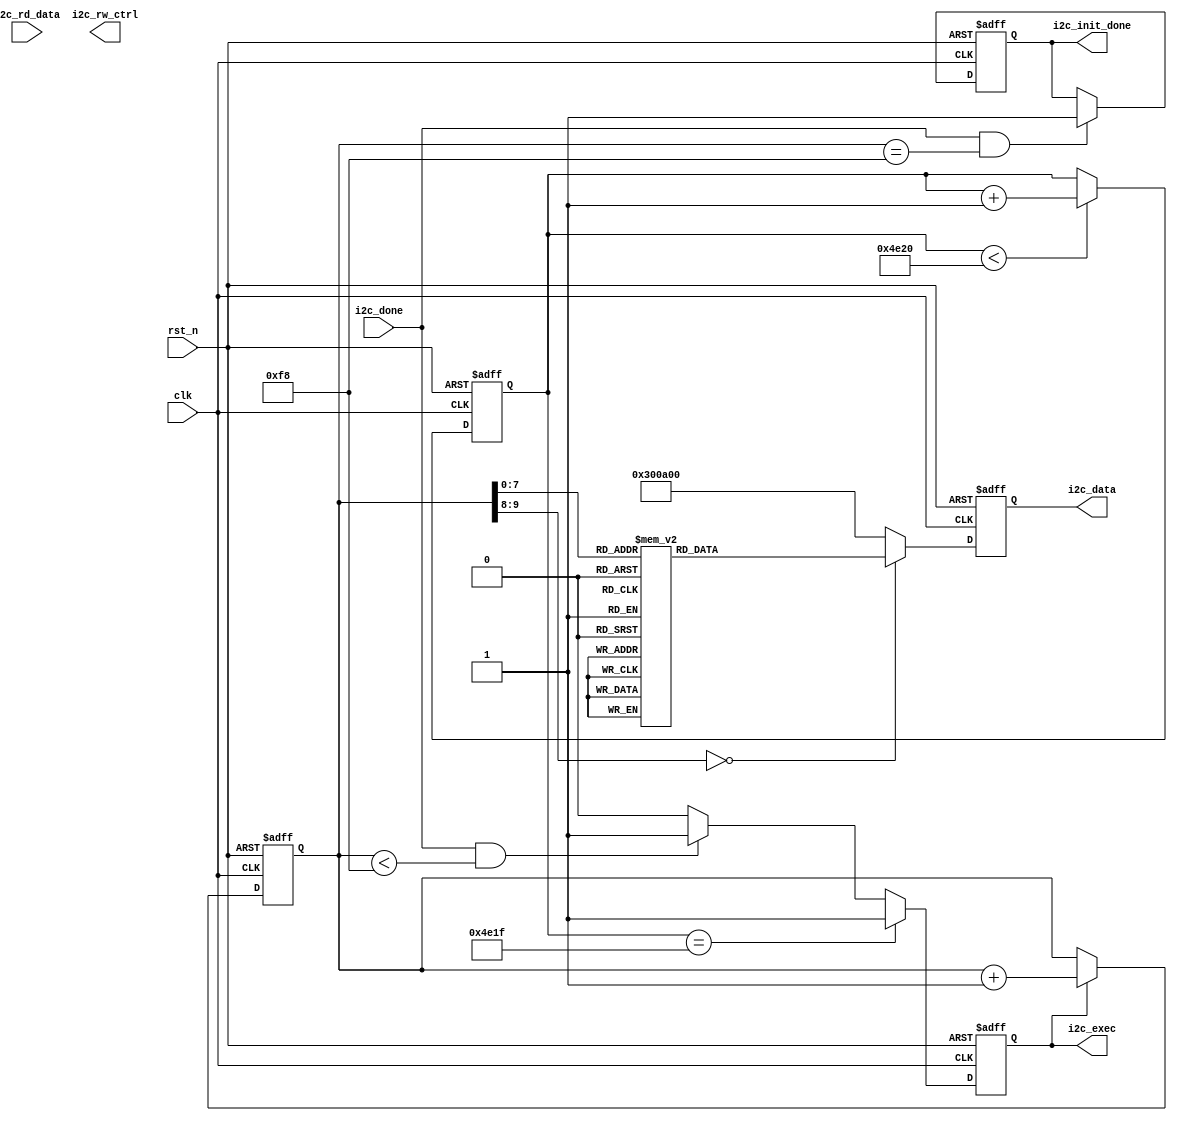
// *********************************************************************************
// : i2c_ov5640_rgb565_cfg.v   
// : 
// : 2021.3.18
// : 17hhliang3@stu.edu.cn
// --------------------------------------------------------------------------------- 
// : i2c_ov5640_rgb565_cfg
// : V0.0
// --------------------------------------------------------------------------------- 
// : 1)OV5640
//            2)IICRGB565
// --------------------------------------------------------------------------------- 
// :     
//    
// ---------------------------------------------------------------------------------
// : 	 
//
// ---------------------------------------------------------------------------------
// *********************************************************************************


// ---------------------------------------------------------------------------------
//  Include File
// --------------------------------------------------------------------------------- 

// ---------------------------------------------------------------------------------
//  Simulation Timescale
// ---------------------------------------------------------------------------------

// ---------------------------------------------------------------------------------
//  Constant Parameters
// ---------------------------------------------------------------------------------

// ---------------------------------------------------------------------------------
//  Module Define
// --------------------------------------------------------------------------------- 
module i2c_ov5640_rgb565_cfg
#(
    // parameter passing
    parameter CMOS_H_PIXEL  = 13'd480,          //CMOS
    parameter CMOS_V_PIXEL  = 13'd272,          //CMOS
    parameter TOTAL_H_PIXEL = 13'd1800,         //
    parameter TOTAL_V_PIXEL = 13'd1000,         //
    parameter CMOS_HV_SIZE  = 24'd130560        //CMOS, CMOS_H_PIXEL * CMOS_V_PIXEL
                                                //SDRAM
)
(
    // clock & reset
    input 			    clk,		            //
	input 			    rst_n,  		        //, 

    // input signal
    input               i2c_done,               //I2C
    input      [ 7 : 0] i2c_rd_data,            //I2C
    
    // output signal                       
    output reg          i2c_exec,               //I2C
    output reg          i2c_init_done,          //I2C()
    output              i2c_rw_ctrl,            //I2C, (1)/(0)
    output reg [23 : 0] i2c_data                //I2C, (16)/(8)
);

// ---------------------------------------------------------------------------------
//  Local Constant Parameters
// ---------------------------------------------------------------------------------
   localparam REG_NUM = 10'd248;                //
   
// ---------------------------------------------------------------------------------
//  Module_Variables
// --------------------------------------------------------------------------------- 
    reg        [14 : 0] start_20ms_cnt;         //20ms
    reg        [ 9 : 0] init_reg_cnt;           //
    
// ---------------------------------------------------------------------------------
//  Continuous Assignments
// --------------------------------------------------------------------------------- 

    
// ---------------------------------------------------------------------------------
//  Clocked Assignments
// ---------------------------------------------------------------------------------
    //OV5640IIC20ms
    //cam_scl250KHz, clk1MHz, 1us, 20000*1us = 20ms
    always @(posedge clk or negedge rst_n)
    begin
        if(!rst_n)
        begin
            start_20ms_cnt <= 15'd0;
        end
        else if(start_20ms_cnt < 15'd20000)
        begin
            start_20ms_cnt <= start_20ms_cnt + 15'd1;
        end
        else
        begin
            start_20ms_cnt <= start_20ms_cnt;
        end
    end
    
    //
    always @(posedge clk or negedge rst_n)
    begin
        if(!rst_n)
        begin
            init_reg_cnt <= 10'd0;
        end
        else if(i2c_exec)
        begin
            init_reg_cnt <= init_reg_cnt + 10'd1;
        end
        else
        begin
            init_reg_cnt <= init_reg_cnt;
        end
    end
    
    //I2C
    always @(posedge clk or negedge rst_n)
    begin
        if(!rst_n)
        begin
            i2c_exec <= 1'b0;
        end
        else if(start_20ms_cnt == 15'd19999)
        begin
            i2c_exec <= 1'b1;
        end        
        else if(i2c_done && (init_reg_cnt < REG_NUM))
        begin
            i2c_exec <= 1'b1;
        end
        else
        begin
            i2c_exec <= 1'b0;
        end
    end
    
    //I2C
    // always @(posedge clk or negedge rst_n)
    // begin
        // if(!rst_n)
        // begin
            // i2c_rw_ctrl <= 1'b1;                //
        // end
        // else if(init_reg_cnt == 10'd2)
        // begin
            // i2c_rw_ctrl <= 1'b0;                //
        // end
        // else
        // begin
            // i2c_rw_ctrl <= i2c_rw_ctrl;
        // end
    // end
    
    //I2C
    always @(posedge clk or negedge rst_n)
    begin
        if(!rst_n)
        begin
            i2c_init_done <= 1'b0;
        end
        else if(i2c_done && (init_reg_cnt == REG_NUM))
        begin
            i2c_init_done <= 1'b1;
        end
        else
        begin
            i2c_init_done <= i2c_init_done;
        end
    end
    
    //
    always @(posedge clk or negedge rst_n)
    begin
        if(!rst_n)
        begin
            i2c_data <= 24'd0;
        end
        else
        begin
            case(init_reg_cnt)
                            //, 
                            //, 1ms
                // 10'd0  : i2c_data <= {16'h300a, 8'h00};
                // 10'd1  : i2c_data <= {16'h300b, 8'h00};
                10'd0  : i2c_data <= {16'h3008, 8'h82};    //Bit[7]:   Bit[6]: 
                10'd1  : i2c_data <= {16'h3008, 8'h02};    //
                10'd2  : i2c_data <= {16'h3103, 8'h02};    //Bit[1]: 1 PLL Clock
                            /// FREX/VSYNC/HREF/PCLK/D[9:6]
                10'd3  : i2c_data <= {8'h30, 8'h17, 8'hff};
                            /// D[5:0]/GPIO1/GPIO0
                10'd4  : i2c_data <= {16'h3018, 8'hff};
                10'd5  : i2c_data <= {16'h3037, 8'h13};    //PLL
                10'd6  : i2c_data <= {16'h3108, 8'h01};    //
                10'd7  : i2c_data <= {16'h3630, 8'h36};
                10'd8  : i2c_data <= {16'h3631, 8'h0e};
                10'd9  : i2c_data <= {16'h3632, 8'he2};
                10'd10 : i2c_data <= {16'h3633, 8'h12};
                10'd11 : i2c_data <= {16'h3621, 8'he0};
                10'd12 : i2c_data <= {16'h3704, 8'ha0};
                10'd13 : i2c_data <= {16'h3703, 8'h5a};
                10'd14 : i2c_data <= {16'h3715, 8'h78};
                10'd15 : i2c_data <= {16'h3717, 8'h01};
                10'd16 : i2c_data <= {16'h370b, 8'h60};
                10'd17 : i2c_data <= {16'h3705, 8'h1a};
                10'd18 : i2c_data <= {16'h3905, 8'h02};
                10'd19 : i2c_data <= {16'h3906, 8'h10};
                10'd20 : i2c_data <= {16'h3901, 8'h0a};
                10'd21 : i2c_data <= {16'h3731, 8'h12};
                10'd22 : i2c_data <= {16'h3600, 8'h08};    //VCM, 
                10'd23 : i2c_data <= {16'h3601, 8'h33};    //VCM, 
                10'd24 : i2c_data <= {16'h302d, 8'h60};    //
                10'd25 : i2c_data <= {16'h3620, 8'h52};
                10'd26 : i2c_data <= {16'h371b, 8'h20};
                10'd27 : i2c_data <= {16'h471c, 8'h50};
                10'd28 : i2c_data <= {16'h3a13, 8'h43};    //AEC()
                10'd29 : i2c_data <= {16'h3a18, 8'h00};    //AEC 
                10'd30 : i2c_data <= {16'h3a19, 8'hf8};    //AEC 
                10'd31 : i2c_data <= {16'h3635, 8'h13};
                10'd32 : i2c_data <= {16'h3636, 8'h03};
                10'd33 : i2c_data <= {16'h3634, 8'h40};
                10'd34 : i2c_data <= {16'h3622, 8'h01};
                10'd35 : i2c_data <= {16'h3c01, 8'h34};
                10'd36 : i2c_data <= {16'h3c04, 8'h28};
                10'd37 : i2c_data <= {16'h3c05, 8'h98};
                10'd38 : i2c_data <= {16'h3c06, 8'h00};    //light meter 1 [15:8]
                10'd39 : i2c_data <= {16'h3c07, 8'h08};    //light meter 1 [7:0]
                10'd40 : i2c_data <= {16'h3c08, 8'h00};    //light meter 2 [15:8]
                10'd41 : i2c_data <= {16'h3c09, 8'h1c};    //light meter 2 [7:0]
                10'd42 : i2c_data <= {16'h3c0a, 8'h9c};    //sample number[15:8]
                10'd43 : i2c_data <= {16'h3c0b, 8'h40};    //sample number[7:0]
                10'd44 : i2c_data <= {16'h3810, 8'h00};    //Timing Hoffset[11:8]
                10'd45 : i2c_data <= {16'h3811, 8'h10};    //Timing Hoffset[7:0]
                10'd46 : i2c_data <= {16'h3812, 8'h00};    //Timing Voffset[10:8]
                10'd47 : i2c_data <= {16'h3708, 8'h64};
                10'd48 : i2c_data <= {16'h4001, 8'h02};    //BLC()
                10'd49 : i2c_data <= {16'h4005, 8'h1a};    //BLC()
                10'd50 : i2c_data <= {16'h3000, 8'h00};    //
                10'd51 : i2c_data <= {16'h3004, 8'hff};    //
                10'd52 : i2c_data <= {16'h4300, 8'h61};    // RGB565
                10'd53 : i2c_data <= {16'h501f, 8'h01};    //ISP RGB
                10'd54 : i2c_data <= {16'h440e, 8'h00};
                10'd55 : i2c_data <= {16'h5000, 8'ha7};    //ISP
                10'd56 : i2c_data <= {16'h3a0f, 8'h30};    //AEC; stable range in high
                10'd57 : i2c_data <= {16'h3a10, 8'h28};    //AEC; stable range in low
                10'd58 : i2c_data <= {16'h3a1b, 8'h30};    //AEC; stable range out high
                10'd59 : i2c_data <= {16'h3a1e, 8'h26};    //AEC; stable range out low
                10'd60 : i2c_data <= {16'h3a11, 8'h60};    //AEC; fast zone high
                10'd61 : i2c_data <= {16'h3a1f, 8'h14};    //AEC; fast zone low
                            //LENC() 16'h5800~16'h583d
                10'd62 : i2c_data <= {16'h5800, 8'h23};
                10'd63 : i2c_data <= {16'h5801, 8'h14};
                10'd64 : i2c_data <= {16'h5802, 8'h0f};
                10'd65 : i2c_data <= {16'h5803, 8'h0f};
                10'd66 : i2c_data <= {16'h5804, 8'h12};
                10'd67 : i2c_data <= {16'h5805, 8'h26};
                10'd68 : i2c_data <= {16'h5806, 8'h0c};
                10'd69 : i2c_data <= {16'h5807, 8'h08};
                10'd70 : i2c_data <= {16'h5808, 8'h05};
                10'd71 : i2c_data <= {16'h5809, 8'h05};
                10'd72 : i2c_data <= {16'h580a, 8'h08};
                10'd73 : i2c_data <= {16'h580b, 8'h0d};
                10'd74 : i2c_data <= {16'h580c, 8'h08};
                10'd75 : i2c_data <= {16'h580d, 8'h03};
                10'd76 : i2c_data <= {16'h580e, 8'h00};
                10'd77 : i2c_data <= {16'h580f, 8'h00};
                10'd78 : i2c_data <= {16'h5810, 8'h03};
                10'd79 : i2c_data <= {16'h5811, 8'h09};
                10'd80 : i2c_data <= {16'h5812, 8'h07};
                10'd81 : i2c_data <= {16'h5813, 8'h03};
                10'd82 : i2c_data <= {16'h5814, 8'h00};
                10'd83 : i2c_data <= {16'h5815, 8'h01};
                10'd84 : i2c_data <= {16'h5816, 8'h03};
                10'd85 : i2c_data <= {16'h5817, 8'h08};
                10'd86 : i2c_data <= {16'h5818, 8'h0d};
                10'd87 : i2c_data <= {16'h5819, 8'h08};
                10'd88 : i2c_data <= {16'h581a, 8'h05};
                10'd89 : i2c_data <= {16'h581b, 8'h06};
                10'd90 : i2c_data <= {16'h581c, 8'h08};
                10'd91 : i2c_data <= {16'h581d, 8'h0e};
                10'd92 : i2c_data <= {16'h581e, 8'h29};
                10'd93 : i2c_data <= {16'h581f, 8'h17};
                10'd94 : i2c_data <= {16'h5820, 8'h11};
                10'd95 : i2c_data <= {16'h5821, 8'h11};
                10'd96 : i2c_data <= {16'h5822, 8'h15};
                10'd97 : i2c_data <= {16'h5823, 8'h28};
                10'd98 : i2c_data <= {16'h5824, 8'h46};
                10'd99 : i2c_data <= {16'h5825, 8'h26};
                10'd100: i2c_data <= {16'h5826, 8'h08};
                10'd101: i2c_data <= {16'h5827, 8'h26};
                10'd102: i2c_data <= {16'h5828, 8'h64};
                10'd103: i2c_data <= {16'h5829, 8'h26};
                10'd104: i2c_data <= {16'h582a, 8'h24};
                10'd105: i2c_data <= {16'h582b, 8'h22};
                10'd106: i2c_data <= {16'h582c, 8'h24};
                10'd107: i2c_data <= {16'h582d, 8'h24};
                10'd108: i2c_data <= {16'h582e, 8'h06};
                10'd109: i2c_data <= {16'h582f, 8'h22};
                10'd110: i2c_data <= {16'h5830, 8'h40};
                10'd111: i2c_data <= {16'h5831, 8'h42};
                10'd112: i2c_data <= {16'h5832, 8'h24};
                10'd113: i2c_data <= {16'h5833, 8'h26};
                10'd114: i2c_data <= {16'h5834, 8'h24};
                10'd115: i2c_data <= {16'h5835, 8'h22};
                10'd116: i2c_data <= {16'h5836, 8'h22};
                10'd117: i2c_data <= {16'h5837, 8'h26};
                10'd118: i2c_data <= {16'h5838, 8'h44};
                10'd119: i2c_data <= {16'h5839, 8'h24};
                10'd120: i2c_data <= {16'h583a, 8'h26};
                10'd121: i2c_data <= {16'h583b, 8'h28};
                10'd122: i2c_data <= {16'h583c, 8'h42};
                10'd123: i2c_data <= {16'h583d, 8'hce};
                            //AWB() 16'h5180~16'h519e
                10'd124: i2c_data <= {16'h5180, 8'hff};
                10'd125: i2c_data <= {16'h5181, 8'hf2};
                10'd126: i2c_data <= {16'h5182, 8'h00};
                10'd127: i2c_data <= {16'h5183, 8'h14};
                10'd128: i2c_data <= {16'h5184, 8'h25};
                10'd129: i2c_data <= {16'h5185, 8'h24};
                10'd130: i2c_data <= {16'h5186, 8'h09};
                10'd131: i2c_data <= {16'h5187, 8'h09};
                10'd132: i2c_data <= {16'h5188, 8'h09};
                10'd133: i2c_data <= {16'h5189, 8'h75};
                10'd134: i2c_data <= {16'h518a, 8'h54};
                10'd135: i2c_data <= {16'h518b, 8'he0};
                10'd136: i2c_data <= {16'h518c, 8'hb2};
                10'd137: i2c_data <= {16'h518d, 8'h42};
                10'd138: i2c_data <= {16'h518e, 8'h3d};
                10'd139: i2c_data <= {16'h518f, 8'h56};
                10'd140: i2c_data <= {16'h5190, 8'h46};
                10'd141: i2c_data <= {16'h5191, 8'hf8};
                10'd142: i2c_data <= {16'h5192, 8'h04};
                10'd143: i2c_data <= {16'h5193, 8'h70};
                10'd144: i2c_data <= {16'h5194, 8'hf0};
                10'd145: i2c_data <= {16'h5195, 8'hf0};
                10'd146: i2c_data <= {16'h5196, 8'h03};
                10'd147: i2c_data <= {16'h5197, 8'h01};
                10'd148: i2c_data <= {16'h5198, 8'h04};
                10'd149: i2c_data <= {16'h5199, 8'h12};
                10'd150: i2c_data <= {16'h519a, 8'h04};
                10'd151: i2c_data <= {16'h519b, 8'h00};
                10'd152: i2c_data <= {16'h519c, 8'h06};
                10'd153: i2c_data <= {16'h519d, 8'h82};
                10'd154: i2c_data <= {16'h519e, 8'h38};
                            //Gamma() 16'h5480~16'h5490
                10'd155: i2c_data <= {16'h5480, 8'h01};
                10'd156: i2c_data <= {16'h5481, 8'h08};
                10'd157: i2c_data <= {16'h5482, 8'h14};
                10'd158: i2c_data <= {16'h5483, 8'h28};
                10'd159: i2c_data <= {16'h5484, 8'h51};
                10'd160: i2c_data <= {16'h5485, 8'h65};
                10'd161: i2c_data <= {16'h5486, 8'h71};
                10'd162: i2c_data <= {16'h5487, 8'h7d};
                10'd163: i2c_data <= {16'h5488, 8'h87};
                10'd164: i2c_data <= {16'h5489, 8'h91};
                10'd165: i2c_data <= {16'h548a, 8'h9a};
                10'd166: i2c_data <= {16'h548b, 8'haa};
                10'd167: i2c_data <= {16'h548c, 8'hb8};
                10'd168: i2c_data <= {16'h548d, 8'hcd};
                10'd169: i2c_data <= {16'h548e, 8'hdd};
                10'd170: i2c_data <= {16'h548f, 8'hea};
                10'd171: i2c_data <= {16'h5490, 8'h1d};
                            //CMX() 16'h5381~16'h538b
                10'd172: i2c_data <= {16'h5381, 8'h1e};
                10'd173: i2c_data <= {16'h5382, 8'h5b};
                10'd174: i2c_data <= {16'h5383, 8'h08};
                10'd175: i2c_data <= {16'h5384, 8'h0a};
                10'd176: i2c_data <= {16'h5385, 8'h7e};
                10'd177: i2c_data <= {16'h5386, 8'h88};
                10'd178: i2c_data <= {16'h5387, 8'h7c};
                10'd179: i2c_data <= {16'h5388, 8'h6c};
                10'd180: i2c_data <= {16'h5389, 8'h10};
                10'd181: i2c_data <= {16'h538a, 8'h01};
                10'd182: i2c_data <= {16'h538b, 8'h98};
                            //SDE() 16'h5580~16'h558b
                10'd183: i2c_data <= {16'h5580, 8'h06};
                10'd184: i2c_data <= {16'h5583, 8'h40};
                10'd185: i2c_data <= {16'h5584, 8'h10};
                10'd186: i2c_data <= {16'h5589, 8'h10};
                10'd187: i2c_data <= {16'h558a, 8'h00};
                10'd188: i2c_data <= {16'h558b, 8'hf8};
                10'd189: i2c_data <= {16'h501d, 8'h40};    //ISP MISC
                            //CIP() (16'h5300~16'h530c)
                10'd190: i2c_data <= {16'h5300, 8'h08};
                10'd191: i2c_data <= {16'h5301, 8'h30};
                10'd192: i2c_data <= {16'h5302, 8'h10};
                10'd193: i2c_data <= {16'h5303, 8'h00};
                10'd194: i2c_data <= {16'h5304, 8'h08};
                10'd195: i2c_data <= {16'h5305, 8'h30};
                10'd196: i2c_data <= {16'h5306, 8'h08};
                10'd197: i2c_data <= {16'h5307, 8'h16};
                10'd198: i2c_data <= {16'h5309, 8'h08};
                10'd199: i2c_data <= {16'h530a, 8'h30};
                10'd200: i2c_data <= {16'h530b, 8'h04};
                10'd201: i2c_data <= {16'h530c, 8'h06};
                10'd202: i2c_data <= {16'h5025, 8'h00};
                            // Bit[7:4]: input clock = 24Mhz, PCLK = 48Mhz
                10'd203: i2c_data <= {16'h3035, 8'h11};
                10'd204: i2c_data <= {16'h3036, 8'h3c};    //PLL
                10'd205: i2c_data <= {16'h3c07, 8'h08};
                            // 16'h3800~16'h3821
                10'd206: i2c_data <= {16'h3820, 8'h46};
                10'd207: i2c_data <= {16'h3821, 8'h01};
                10'd208: i2c_data <= {16'h3814, 8'h31};
                10'd209: i2c_data <= {16'h3815, 8'h31};
                10'd210: i2c_data <= {16'h3800, 8'h00};
                10'd211: i2c_data <= {16'h3801, 8'h00};
                10'd212: i2c_data <= {16'h3802, 8'h00};
                10'd213: i2c_data <= {16'h3803, 8'h04};
                10'd214: i2c_data <= {16'h3804, 8'h0a};
                10'd215: i2c_data <= {16'h3805, 8'h3f};
                10'd216: i2c_data <= {16'h3806, 8'h07};
                10'd217: i2c_data <= {16'h3807, 8'h9b};
                
                            //
                            //DVP 4
                10'd218: i2c_data <= {16'h3808, {4'd0, CMOS_H_PIXEL[11 : 8]}};
                            //DVP 8
                10'd219: i2c_data <= {16'h3809, CMOS_H_PIXEL[7 : 0]};
                            //DVP 3
                10'd220: i2c_data <= {16'h380a, {5'd0, CMOS_V_PIXEL[10 : 8]}};
                            //DVP 8
                10'd221: i2c_data <= {16'h380b, CMOS_V_PIXEL[7 : 0]};
                            //5
                10'd222: i2c_data <= {16'h380c, {3'd0, TOTAL_H_PIXEL[12 : 8]}};
                            //8
                10'd223: i2c_data <= {16'h380d, TOTAL_H_PIXEL[7 : 0]};
                            //5
                10'd224: i2c_data <= {16'h380e, {3'd0, TOTAL_V_PIXEL[12 : 8]}};
                            //8
                10'd225: i2c_data <= {16'h380f, TOTAL_V_PIXEL[7 : 0]};
                
                10'd226: i2c_data <= {16'h3813, 8'h06};
                10'd227: i2c_data <= {16'h3618, 8'h00};
                10'd228: i2c_data <= {16'h3612, 8'h29};
                10'd229: i2c_data <= {16'h3709, 8'h52};
                10'd230: i2c_data <= {16'h370c, 8'h03};
                10'd231: i2c_data <= {16'h3a02, 8'h17};    //60Hz max exposure 
                10'd232: i2c_data <= {16'h3a03, 8'h10};    //60Hz max exposure
                10'd233: i2c_data <= {16'h3a14, 8'h17};    //50Hz max exposure
                10'd234: i2c_data <= {16'h3a15, 8'h10};    //50Hz max exposure
                10'd235: i2c_data <= {16'h4004, 8'h02};    //BLC() 2 lines
                10'd236: i2c_data <= {16'h4713, 8'h03};    //JPEG mode 3
                10'd237: i2c_data <= {16'h4407, 8'h04};    //
                10'd238: i2c_data <= {16'h460c, 8'h22};        
                10'd239: i2c_data <= {16'h4837, 8'h22};    //DVP CLK divider
                10'd240: i2c_data <= {16'h3824, 8'h02};    //DVP CLK divider
                10'd241: i2c_data <= {16'h5001, 8'ha3};    //ISP 
                10'd242: i2c_data <= {16'h3b07, 8'h0a};    //  
                            //    
                10'd243: i2c_data <= {16'h503d, 8'h00};    //8'h00:, 8'h80:
                            //
                10'd244: i2c_data <= {16'h3016, 8'h02};
                10'd245: i2c_data <= {16'h301c, 8'h02};
                10'd246: i2c_data <= {16'h3019, 8'h02};    //
                10'd247: i2c_data <= {16'h3019, 8'h00};    //
                            //, case, 
                default: i2c_data <= {16'h300a, 8'h00};   //ID8
            endcase
        end
    end
    
    /*
    //
    always @(posedge clk or negedge rst_n)
    begin
        if(!rst_n)
        begin
            i2c_data <= 24'd0;
        end
        else
        begin
            case(init_reg_cnt)
                10'd0  : i2c_data <= {16'h3103, 8'h11};// system clock from pad, bit[1]
                10'd1  : i2c_data <= {16'h3008, 8'h82};// software reset, bit[7]// delay 5ms 
                10'd2  : i2c_data <= {16'h3008, 8'h42};// software power down, bit[6]
                10'd3  : i2c_data <= {16'h3103, 8'h03};// system clock from PLL, bit[1]
                10'd4  : i2c_data <= {16'h3017, 8'hff};// FREX, Vsync, HREF, PCLK, D[9:6] output enable
                10'd5  : i2c_data <= {16'h3018, 8'hff};// D[5:0], GPIO[1:0] output enable
                10'd6  : i2c_data <= {16'h3034, 8'h1A};// MIPI 10-bit
                10'd7  : i2c_data <= {16'h3037, 8'h13};// PLL root divider, bit[4], PLL pre-divider, bit[3:0]
                10'd8  : i2c_data <= {16'h3108, 8'h01};// PCLK root divider, bit[5:4], SCLK2x root divider, bit[3:2] // SCLK root divider, bit[1:0] 
                10'd9  : i2c_data <= {16'h3630, 8'h36};
                10'd10 : i2c_data <= {16'h3631, 8'h0e};
                10'd11 : i2c_data <= {16'h3632, 8'he2};
                10'd12 : i2c_data <= {16'h3633, 8'h12};
                10'd13 : i2c_data <= {16'h3621, 8'he0};
                10'd14 : i2c_data <= {16'h3704, 8'ha0};
                10'd15 : i2c_data <= {16'h3703, 8'h5a};
                10'd16 : i2c_data <= {16'h3715, 8'h78};
                10'd17 : i2c_data <= {16'h3717, 8'h01};
                10'd18 : i2c_data <= {16'h370b, 8'h60};
                10'd19 : i2c_data <= {16'h3705, 8'h1a};
                10'd20 : i2c_data <= {16'h3905, 8'h02};
                10'd21 : i2c_data <= {16'h3906, 8'h10};
                10'd22 : i2c_data <= {16'h3901, 8'h0a};
                10'd23 : i2c_data <= {16'h3731, 8'h12};
                10'd24 : i2c_data <= {16'h3600, 8'h08};// VCM control
                10'd25 : i2c_data <= {16'h3601, 8'h33};// VCM control
                10'd26 : i2c_data <= {16'h302d, 8'h60};// system control
                10'd27 : i2c_data <= {16'h3620, 8'h52};
                10'd28 : i2c_data <= {16'h371b, 8'h20};
                10'd29 : i2c_data <= {16'h471c, 8'h50};
                10'd30 : i2c_data <= {16'h3a13, 8'h43};// pre-gain = 1.047x
                10'd31 : i2c_data <= {16'h3a18, 8'h00};// gain ceiling
                10'd32 : i2c_data <= {16'h3a19, 8'hf8};// gain ceiling = 15.5x
                10'd33 : i2c_data <= {16'h3635, 8'h13};
                10'd34 : i2c_data <= {16'h3636, 8'h03};
                10'd35 : i2c_data <= {16'h3634, 8'h40};
                10'd36 : i2c_data <= {16'h3622, 8'h01};// 50/60Hz detection     50/60Hz 
                10'd37 : i2c_data <= {16'h3c01, 8'h34};// Band auto, bit[7]
                10'd38 : i2c_data <= {16'h3c04, 8'h28};// threshold low sum	 
                10'd39 : i2c_data <= {16'h3c05, 8'h98};// threshold high sum
                10'd40 : i2c_data <= {16'h3c06, 8'h00};// light meter 1 threshold[15:8]
                10'd41 : i2c_data <= {16'h3c07, 8'h08};// light meter 1 threshold[7:0]
                10'd42 : i2c_data <= {16'h3c08, 8'h00};// light meter 2 threshold[15:8]
                10'd43 : i2c_data <= {16'h3c09, 8'h1c};// light meter 2 threshold[7:0]
                10'd44 : i2c_data <= {16'h3c0a, 8'h9c};// sample number[15:8]
                10'd45 : i2c_data <= {16'h3c0b, 8'h40};// sample number[7:0]
                10'd46 : i2c_data <= {16'h3810, 8'h00};// Timing Hoffset[11:8]
                10'd47 : i2c_data <= {16'h3811, 8'h10};// Timing Hoffset[7:0]
                10'd48 : i2c_data <= {16'h3812, 8'h00};// Timing Voffset[10:8] 
                10'd49 : i2c_data <= {16'h3708, 8'h64};
                10'd50 : i2c_data <= {16'h4001, 8'h02};// BLC start from line 2
                10'd51 : i2c_data <= {16'h4005, 8'h1a};// BLC always update
                10'd52 : i2c_data <= {16'h3000, 8'h00};// enable blocks
                10'd53 : i2c_data <= {16'h3004, 8'hff};// enable clocks 
                10'd54 : i2c_data <= {16'h300e, 8'h58};// MIPI power down, DVP enable
                10'd55 : i2c_data <= {16'h302e, 8'h00};
                10'd56 : i2c_data <= {16'h4300, 8'h61};// RGB565
                10'd57 : i2c_data <= {16'h501f, 8'h01};// ISP RGB 
                10'd58 : i2c_data <= {16'h440e, 8'h00};
                10'd59 : i2c_data <= {16'h5000, 8'ha7};// Lenc on, raw gamma on, BPC on, WPC on, CIP on // AEC target
                10'd60 : i2c_data <= {16'h3a0f, 8'h30};// stable range in high
                10'd61 : i2c_data <= {16'h3a10, 8'h28};// stable range in low
                10'd62 : i2c_data <= {16'h3a1b, 8'h30};// stable range out high
                10'd63 : i2c_data <= {16'h3a1e, 8'h26};// stable range out low
                10'd64 : i2c_data <= {16'h3a11, 8'h60};// fast zone high
                10'd65 : i2c_data <= {16'h3a1f, 8'h14};// fast zone low// Lens correction for
                10'd66 : i2c_data <= {16'h5800, 8'h23};
                10'd67 : i2c_data <= {16'h5801, 8'h14};
                10'd68 : i2c_data <= {16'h5802, 8'h0f};
                10'd69 : i2c_data <= {16'h5803, 8'h0f};
                10'd70 : i2c_data <= {16'h5804, 8'h12};
                10'd71 : i2c_data <= {16'h5805, 8'h26};
                10'd72 : i2c_data <= {16'h5806, 8'h0c};
                10'd73 : i2c_data <= {16'h5807, 8'h08};
                10'd74 : i2c_data <= {16'h5808, 8'h05};
                10'd75 : i2c_data <= {16'h5809, 8'h05};
                10'd76 : i2c_data <= {16'h580a, 8'h08};
                10'd77 : i2c_data <= {16'h580b, 8'h0d};
                10'd78 : i2c_data <= {16'h580c, 8'h08};
                10'd79 : i2c_data <= {16'h580d, 8'h03};
                10'd80 : i2c_data <= {16'h580e, 8'h00};
                10'd81 : i2c_data <= {16'h580f, 8'h00};
                10'd82 : i2c_data <= {16'h5810, 8'h03};
                10'd83 : i2c_data <= {16'h5811, 8'h09};
                10'd84 : i2c_data <= {16'h5812, 8'h07};
                10'd85 : i2c_data <= {16'h5813, 8'h03};
                10'd86 : i2c_data <= {16'h5814, 8'h00};
                10'd87 : i2c_data <= {16'h5815, 8'h01};
                10'd88 : i2c_data <= {16'h5816, 8'h03};
                10'd89 : i2c_data <= {16'h5817, 8'h08};
                10'd90 : i2c_data <= {16'h5818, 8'h0d};
                10'd91 : i2c_data <= {16'h5819, 8'h08};
                10'd92 : i2c_data <= {16'h581a, 8'h05};
                10'd93 : i2c_data <= {16'h581b, 8'h06};
                10'd94 : i2c_data <= {16'h581c, 8'h08};
                10'd95 : i2c_data <= {16'h581d, 8'h0e};
                10'd96 : i2c_data <= {16'h581e, 8'h29};
                10'd97 : i2c_data <= {16'h581f, 8'h17};
                10'd98 : i2c_data <= {16'h5820, 8'h11};
                10'd99 : i2c_data <= {16'h5821, 8'h11};
                10'd100: i2c_data <= {16'h5822, 8'h15};
                10'd101: i2c_data <= {16'h5823, 8'h28};
                10'd102: i2c_data <= {16'h5824, 8'h46};
                10'd103: i2c_data <= {16'h5825, 8'h26};
                10'd104: i2c_data <= {16'h5826, 8'h08};
                10'd105: i2c_data <= {16'h5827, 8'h26};
                10'd106: i2c_data <= {16'h5828, 8'h64};
                10'd107: i2c_data <= {16'h5829, 8'h26};
                10'd108: i2c_data <= {16'h582a, 8'h24};
                10'd109: i2c_data <= {16'h582b, 8'h22};
                10'd110: i2c_data <= {16'h582c, 8'h24};
                10'd111: i2c_data <= {16'h582d, 8'h24};
                10'd112: i2c_data <= {16'h582e, 8'h06};
                10'd113: i2c_data <= {16'h582f, 8'h22};
                10'd114: i2c_data <= {16'h5830, 8'h40};
                10'd115: i2c_data <= {16'h5831, 8'h42};
                10'd116: i2c_data <= {16'h5832, 8'h24};
                10'd117: i2c_data <= {16'h5833, 8'h26};
                10'd118: i2c_data <= {16'h5834, 8'h24};
                10'd119: i2c_data <= {16'h5835, 8'h22};
                10'd120: i2c_data <= {16'h5836, 8'h22};
                10'd121: i2c_data <= {16'h5837, 8'h26};
                10'd122: i2c_data <= {16'h5838, 8'h44};
                10'd123: i2c_data <= {16'h5839, 8'h24};
                10'd124: i2c_data <= {16'h583a, 8'h26};
                10'd125: i2c_data <= {16'h583b, 8'h28};
                10'd126: i2c_data <= {16'h583c, 8'h42};
                10'd127: i2c_data <= {16'h583d, 8'hce};// lenc BR offset
                10'd128: i2c_data <= {16'h5180, 8'hff};// AWB B block
                10'd129: i2c_data <= {16'h5181, 8'hf2};// AWB control 
                10'd130: i2c_data <= {16'h5182, 8'h00};// [7:4] max local counter, [3:0] max fast counter
                10'd131: i2c_data <= {16'h5183, 8'h14};// AWB advanced 
                10'd132: i2c_data <= {16'h5184, 8'h25};
                10'd133: i2c_data <= {16'h5185, 8'h24};
                10'd134: i2c_data <= {16'h5186, 8'h09};
                10'd135: i2c_data <= {16'h5187, 8'h09};
                10'd136: i2c_data <= {16'h5188, 8'h09};
                10'd137: i2c_data <= {16'h5189, 8'h75};
                10'd138: i2c_data <= {16'h518a, 8'h54};
                10'd139: i2c_data <= {16'h518b, 8'he0};
                10'd140: i2c_data <= {16'h518c, 8'hb2};
                10'd141: i2c_data <= {16'h518d, 8'h42};
                10'd142: i2c_data <= {16'h518e, 8'h3d};
                10'd143: i2c_data <= {16'h518f, 8'h56};
                10'd144: i2c_data <= {16'h5190, 8'h46};
                10'd145: i2c_data <= {16'h5191, 8'hf8};// AWB top limit
                10'd146: i2c_data <= {16'h5192, 8'h04};// AWB bottom limit
                10'd147: i2c_data <= {16'h5193, 8'h70};// red limit
                10'd148: i2c_data <= {16'h5194, 8'hf0};// green limit
                10'd149: i2c_data <= {16'h5195, 8'hf0};// blue limit
                10'd150: i2c_data <= {16'h5196, 8'h03};// AWB control
                10'd151: i2c_data <= {16'h5197, 8'h01};// local limit 
                10'd152: i2c_data <= {16'h5198, 8'h04};
                10'd153: i2c_data <= {16'h5199, 8'h12};
                10'd154: i2c_data <= {16'h519a, 8'h04};
                10'd155: i2c_data <= {16'h519b, 8'h00};
                10'd156: i2c_data <= {16'h519c, 8'h06};
                10'd157: i2c_data <= {16'h519d, 8'h82};
                10'd158: i2c_data <= {16'h519e, 8'h38};// AWB control
                10'd159: i2c_data <= {16'h5480, 8'h01};// Gamma bias plus on, bit[0] 
                10'd160: i2c_data <= {16'h5481, 8'h08};
                10'd161: i2c_data <= {16'h5482, 8'h14};
                10'd162: i2c_data <= {16'h5483, 8'h28};
                10'd163: i2c_data <= {16'h5484, 8'h51};
                10'd164: i2c_data <= {16'h5485, 8'h65};
                10'd165: i2c_data <= {16'h5486, 8'h71};
                10'd166: i2c_data <= {16'h5487, 8'h7d};
                10'd167: i2c_data <= {16'h5488, 8'h87};
                10'd168: i2c_data <= {16'h5489, 8'h91};
                10'd169: i2c_data <= {16'h548a, 8'h9a};
                10'd170: i2c_data <= {16'h548b, 8'haa};
                10'd171: i2c_data <= {16'h548c, 8'hb8};
                10'd172: i2c_data <= {16'h548d, 8'hcd};
                10'd173: i2c_data <= {16'h548e, 8'hdd};
                10'd174: i2c_data <= {16'h548f, 8'hea};
                10'd175: i2c_data <= {16'h5490, 8'h1d};// color matrix  
                10'd176: i2c_data <= {16'h5381, 8'h1e};// CMX1 for Y
                10'd177: i2c_data <= {16'h5382, 8'h5b};// CMX2 for Y
                10'd178: i2c_data <= {16'h5383, 8'h08};// CMX3 for Y
                10'd179: i2c_data <= {16'h5384, 8'h0a};// CMX4 for U
                10'd180: i2c_data <= {16'h5385, 8'h7e};// CMX5 for U
                10'd181: i2c_data <= {16'h5386, 8'h88};// CMX6 for U
                10'd182: i2c_data <= {16'h5387, 8'h7c};// CMX7 for V
                10'd183: i2c_data <= {16'h5388, 8'h6c};// CMX8 for V
                10'd184: i2c_data <= {16'h5389, 8'h10};// CMX9 for V
                10'd185: i2c_data <= {16'h538a, 8'h01};// sign[9]
                10'd186: i2c_data <= {16'h538b, 8'h98};// sign[8:1] // UV adjust   
                10'd187: i2c_data <= {16'h5580, 8'h06};// saturation on, bit[1]
                10'd188: i2c_data <= {16'h5583, 8'h40};
                10'd189: i2c_data <= {16'h5584, 8'h10};
                10'd190: i2c_data <= {16'h5589, 8'h10};
                10'd191: i2c_data <= {16'h558a, 8'h00};
                10'd192: i2c_data <= {16'h558b, 8'hf8};
                10'd193: i2c_data <= {16'h501d, 8'h40};// enable manual offset of contrast
                10'd194: i2c_data <= {16'h5300, 8'h08};// CIP sharpen MT threshold 1
                10'd195: i2c_data <= {16'h5301, 8'h30};// CIP sharpen MT threshold 2
                10'd196: i2c_data <= {16'h5302, 8'h10};// CIP sharpen MT offset 1
                10'd197: i2c_data <= {16'h5303, 8'h00};// CIP sharpen MT offset 2
                10'd198: i2c_data <= {16'h5304, 8'h08};// CIP DNS threshold 1
                10'd199: i2c_data <= {16'h5305, 8'h30};// CIP DNS threshold 2
                10'd200: i2c_data <= {16'h5306, 8'h08};// CIP DNS offset 1
                10'd201: i2c_data <= {16'h5307, 8'h16};// CIP DNS offset 2 
                10'd202: i2c_data <= {16'h5309, 8'h08};// CIP sharpen TH threshold 1
                10'd203: i2c_data <= {16'h530a, 8'h30};// CIP sharpen TH threshold 2
                10'd204: i2c_data <= {16'h530b, 8'h04};// CIP sharpen TH offset 1
                10'd205: i2c_data <= {16'h530c, 8'h06};// CIP sharpen TH offset 2
                10'd206: i2c_data <= {16'h5025, 8'h00};
                10'd207: i2c_data <= {16'h3008, 8'h02};// wake up from standby, bit[6]
                10'd208: i2c_data <= {16'h3035, 8'h11};// PLL
                10'd209: i2c_data <= {16'h3036, 8'h46};// PLL
                10'd210: i2c_data <= {16'h3c07, 8'h08};// light meter 1 threshold [7:0]
                10'd211: i2c_data <= {16'h3820, 8'h47};// Sensor flip off, ISP flip on
                10'd212: i2c_data <= {16'h3821, 8'h01};// Sensor mirror on, ISP mirror on, H binning on
                10'd213: i2c_data <= {16'h3814, 8'h31};// X INC 
                10'd214: i2c_data <= {16'h3815, 8'h31};// Y INC
                10'd215: i2c_data <= {16'h3800, 8'h00};// HS: X address start high byte
                10'd216: i2c_data <= {16'h3801, 8'h00};// HS: X address start low byte
                10'd217: i2c_data <= {16'h3802, 8'h00};// VS: Y address start high byte
                10'd218: i2c_data <= {16'h3803, 8'h04};// VS: Y address start high byte 
                10'd219: i2c_data <= {16'h3804, 8'h0a};// HW (HE)         
                10'd220: i2c_data <= {16'h3805, 8'h3f};// HW (HE)
                10'd221: i2c_data <= {16'h3806, 8'h07};// VH (VE)         
                10'd222: i2c_data <= {16'h3807, 8'h9b};// VH (VE)      
                10'd223: i2c_data <= {16'h3808, 8'h01};// DVPHO           //480
                10'd224: i2c_data <= {16'h3809, 8'he0};// DVPHO
                10'd225: i2c_data <= {16'h380a, 8'h01};// DVPVO           //272
                10'd226: i2c_data <= {16'h380b, 8'h10};// DVPVO
                10'd227: i2c_data <= {16'h380c, 8'h07};// HTS            //Total horizontal size 
                10'd228: i2c_data <= {16'h380d, 8'h68};// HTS
                10'd229: i2c_data <= {16'h380e, 8'h03};// VTS            //total vertical size
                10'd230: i2c_data <= {16'h380f, 8'hd8};// VTS 
                10'd231: i2c_data <= {16'h3813, 8'h06};// Timing Voffset 
                10'd232: i2c_data <= {16'h3618, 8'h00};
                10'd233: i2c_data <= {16'h3612, 8'h29};
                10'd234: i2c_data <= {16'h3709, 8'h52};
                10'd235: i2c_data <= {16'h370c, 8'h03}; 
                10'd236: i2c_data <= {16'h3a02, 8'h17};// 60Hz max exposure, night mode 5fps
                10'd237: i2c_data <= {16'h3a03, 8'h10};// 60Hz max exposure // banding filters are calculated automatically in camera driver
                10'd238: i2c_data <= {16'h3a14, 8'h17};// 50Hz max exposure, night mode 5fps
                10'd239: i2c_data <= {16'h3a15, 8'h10};// 50Hz max exposure     
                10'd240: i2c_data <= {16'h4004, 8'h02};// BLC 2 lines 
                10'd241: i2c_data <= {16'h3002, 8'h1c};// reset JFIFO, SFIFO, JPEG
                10'd242: i2c_data <= {16'h3006, 8'hc3};// disable clock of JPEG2x, JPEG
                10'd243: i2c_data <= {16'h4713, 8'h03};// JPEG mode 3
                10'd244: i2c_data <= {16'h4407, 8'h04};// Quantization scale 
                10'd245: i2c_data <= {16'h460b, 8'h35};
                10'd246: i2c_data <= {16'h460c, 8'h22};
                10'd247: i2c_data <= {16'h4837, 8'h22};// DVP CLK divider
                10'd248: i2c_data <= {16'h3824, 8'h02};// DVP CLK divider 
                10'd249: i2c_data <= {16'h5001, 8'ha3};// SDE on, scale on, UV average off, color matrix on, AWB on
                10'd250: i2c_data <= {16'h3503, 8'h00};// AEC/AGC on 
                10'd251: i2c_data <= {16'h3016, 8'h02};// Strobe output enable
                10'd252: i2c_data <= {16'h3b07, 8'h0a};// FREX strobe mode1		  
                10'd253: i2c_data <= {16'h3b00, 8'h83};// STROBE CTRL: strobe request ON, Strobe mode: LED3 
                10'd254: i2c_data <= {16'h3b00, 8'h00};// STROBE CTRL: strobe request OFF
                10'd255: i2c_data <= {16'h300a, 8'h00};
                default: i2c_data <= {16'h300a, 8'h00};
            endcase
        end
    end
    */    

// ---------------------------------------------------------------------------------
//  Moudle Instantiate
// ---------------------------------------------------------------------------------



// ---------------------------------------------------------------------------------
//  Called Tasks
// ---------------------------------------------------------------------------------
    
	
// ---------------------------------------------------------------------------------
//  Called Functions
// ---------------------------------------------------------------------------------

    
endmodule